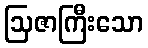
ဩဇာကြီးသော